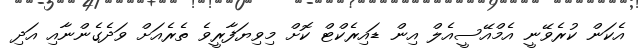
އެކަން ކުރެވޭނީ އެމްއޭސީއެލް އިން ޑައިރެކްޓް ކޮށް މިވިޔަފާރީވެ ތެރެއަށް ވަދެގެންނާއި އަދި